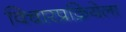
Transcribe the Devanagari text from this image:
विचारप्रक्रियेला